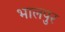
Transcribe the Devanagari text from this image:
भालपुर